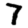
Digit: 7